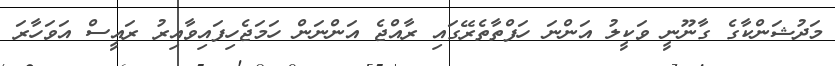
މަދުޝަންކާގެ ގާނޫނީ ވަކީލު އަންނަ ހަފްތާތެރޭގައި ރާއްޖެ އަންނަން ހަމަޖެހިފައިވާއިރު ރައީސް އަވަހާރަ